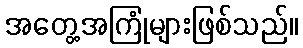
အတွေ့အကြုံများဖြစ်သည်။